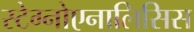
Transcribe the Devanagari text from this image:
स्टेग्नोएनालिसिस